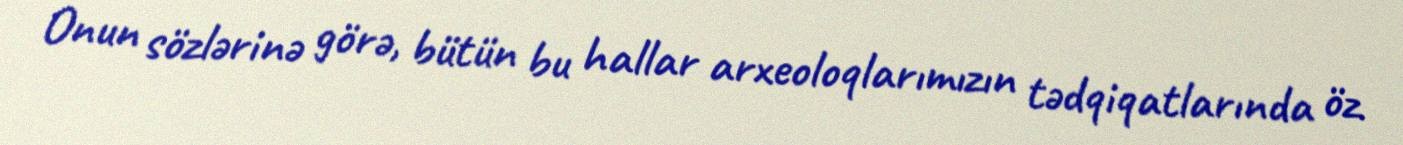
Onun sözlərinə görə, bütün bu hallar arxeoloqlarımızın tədqiqatlarında öz